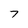
Character: 7